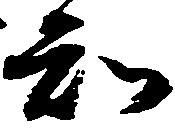
知